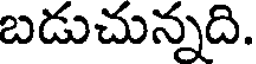
బడుచున్నది.